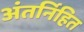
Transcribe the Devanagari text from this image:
अंतर्निहित